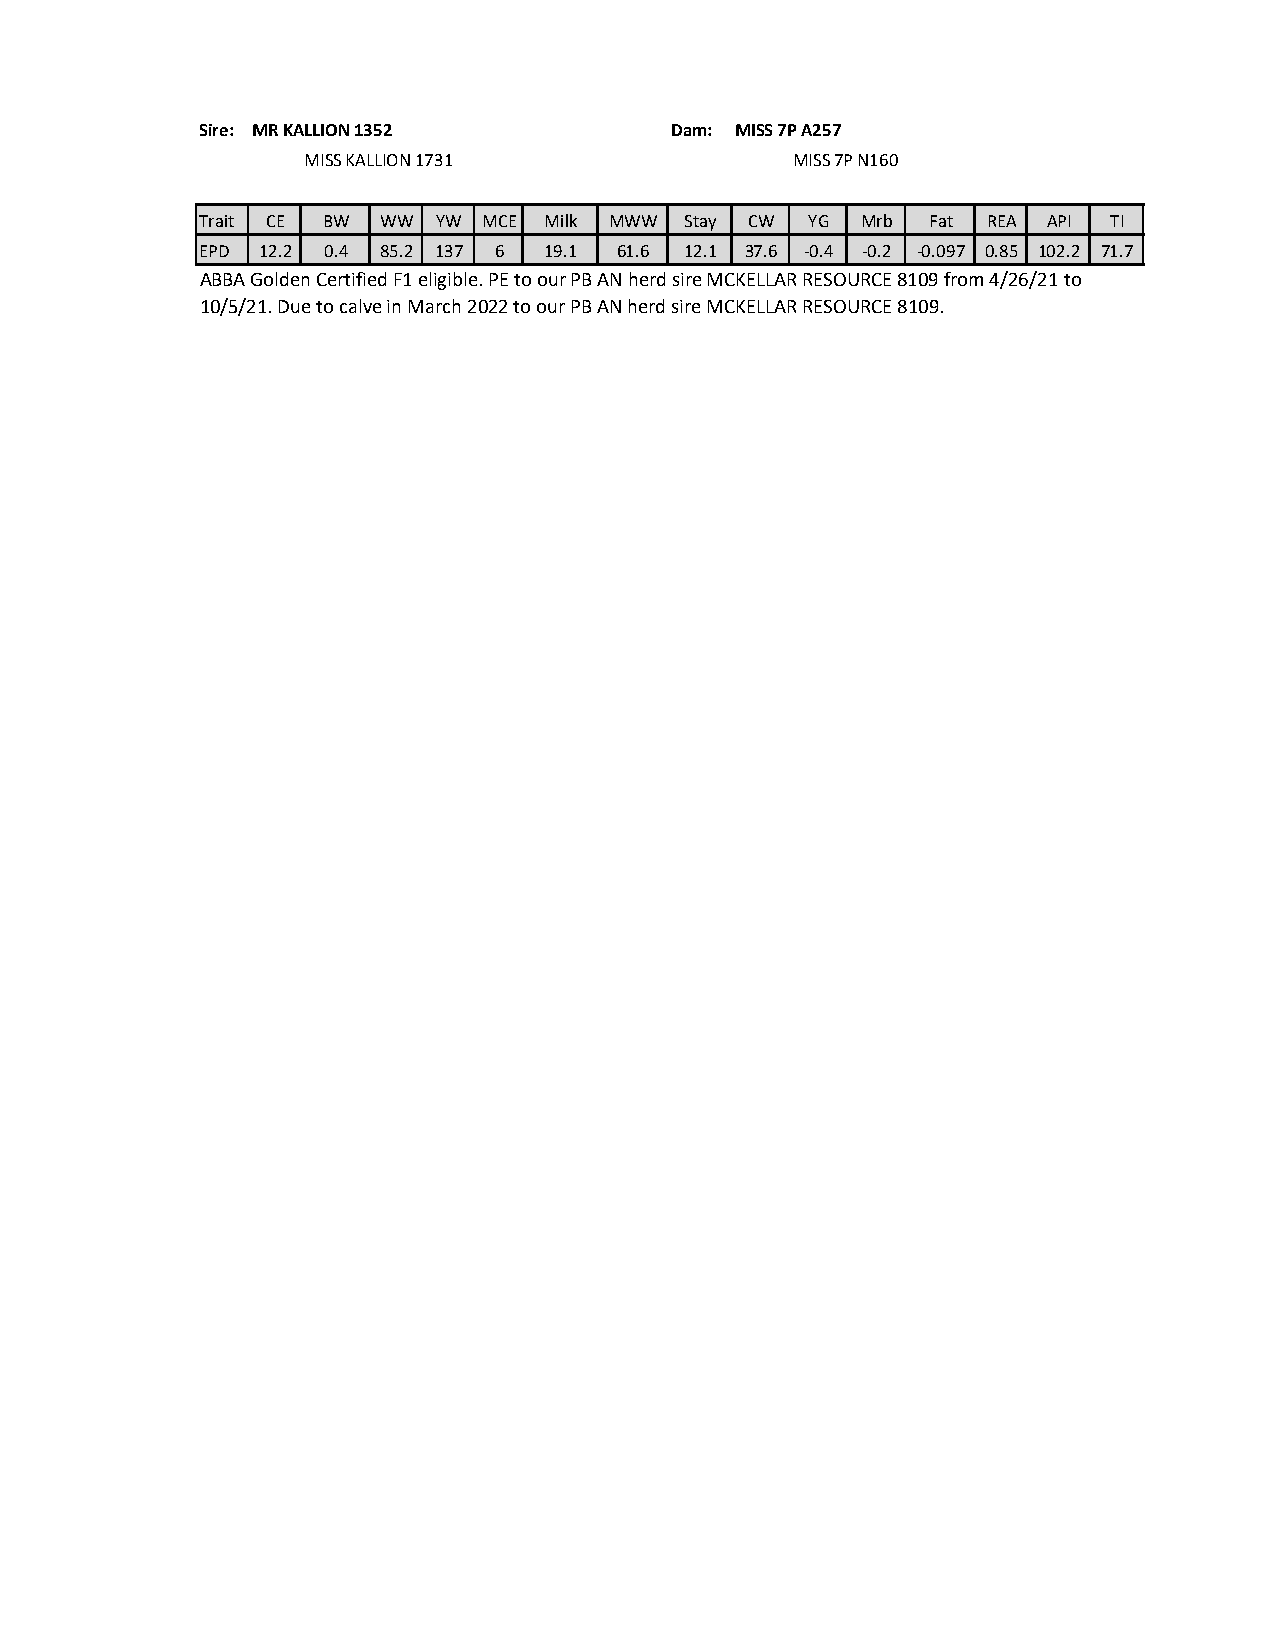
Sire: MR KALLION 1352          Dam: MISS 7P A257
 MISS KALLION 1731               MISS 7P N160
 Trait CE BW WW  YW MCE Milk MWW Stay CW  YG Mrb  Fat REA API TI
 EPD 12.2 0.4 85.2 137 6 19.1 61.6 12.1 37.6 -0.4 -0.2 -0.097 0.85 102.2 71.7
 ABBA Golden Certified F1 eligible. PE to our PB AN herd sire MCKELLAR RESOURCE 8109 from 4/26/21 to
 10/5/21. Due to calve in March 2022 to our PB AN herd sire MCKELLAR RESOURCE 8109.